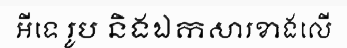
អីទេ រូប និងឯកសារខាងលើ